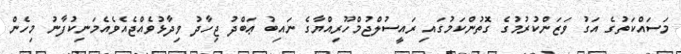
މަސައްކަތުގެ އަގު ވަޒަންކުރުމުގެ ގޮތުންކަމުގައި ރައީސުލްޖުމްހޫރިއްޔާގެ ނައިބު ޢަބްދު ޖިހާދު ވިދާޅުވެއްޖެއެވެއެމަނިކުފާނު މިހެން